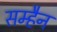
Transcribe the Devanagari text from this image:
सम्हैन